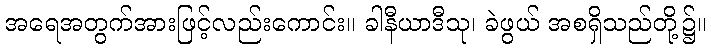
အရေအတွက်အားဖြင့်လည်းကောင်း။ ခါနီယာဒီသု၊ ခဲဖွယ် အစရှိသည်တို့၌။